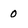
Character: 0